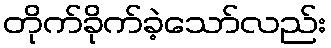
တိုက်ခိုက်ခဲ့သော်လည်း